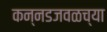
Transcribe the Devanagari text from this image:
कन्नडजवळच्या